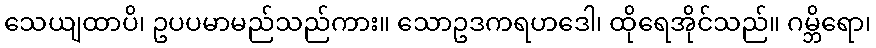
သေယျထာပိ၊ ဥပပမာမည်သည်ကား။ သောဥဒကရဟဒေါ၊ ထိုရေအိုင်သည်။ ဂမ္ဘိရော၊